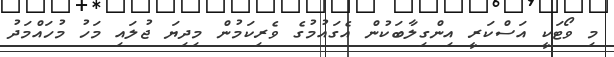
މި ވޯޓަކީ އަސްކަރީ އިންގިލާބަކުން އެގައުމުގެ ވެރިކަމުން މިދިޔަ ޖުލައި މަހު މުހައްމަދު